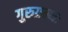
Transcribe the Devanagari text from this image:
गुरुग्रन्थः